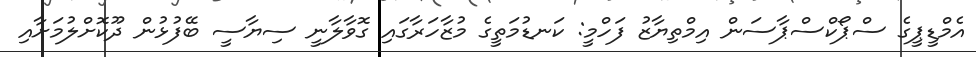
އެމްޑީޕީގެ ސްޕޯކްސްޕާސަން އިމްތިޔާޒު ފަހްމީ: ކަނޑުމަތީގެ މުޒާހަރާގައި ގޮވާލާނީ ސިޔާސީ ބޭފުޅުން ދޫކޮށްލުމަށާއި